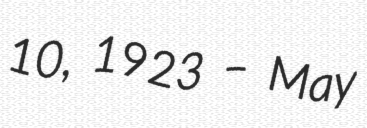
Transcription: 10, 1923 – May